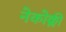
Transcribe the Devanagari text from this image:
नेकोक्ली